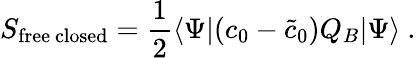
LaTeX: S_{\mathrm{free~closed}}={\frac{1}{2}}\langle\Psi|(c_{0}-{\tilde{c}}_{0})Q_{B}|\Psi\rangle\ .